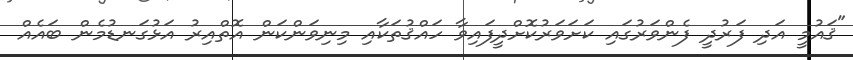
"ޤައުމީ އަދި ފަރުދީ ފެންވަރުގައި ކަށަވަރުކޮށްދީފައިވާ ހައްޤުތަކާއި މިނިވަންކަން އޮތްއިރު އަޅުގަނޑުމެން ބައެއް